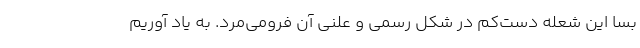
بسا این شعله دست‌کم در شکل رسمی و علنی آن فرومی‌مُرد. به یاد آوریم